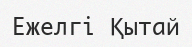
Ежелгі Қытай